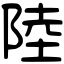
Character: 陸